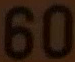
60